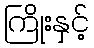
ကြိုးနှင့်